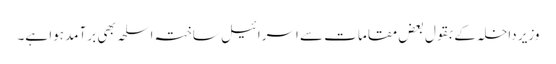
وزیر داخلہ کے بقول بعض مقامات سے اسرائیل ساختہ اسلحہ بھی برآمد ہوا ہے۔